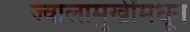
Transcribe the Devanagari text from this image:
ज्वालामुखींमधून